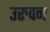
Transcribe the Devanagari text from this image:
उरुवन